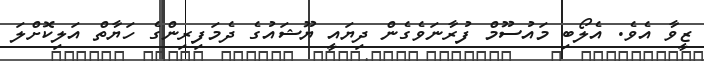
ޒީވާ އެވެ. އެލޯބި މައުސޫމް ފުރާނަވެގެން ދިޔައީ ޔޫޝައުގެ ދެމަފިރިންގެ ހަޔާތް އަލިކޮށްލަ